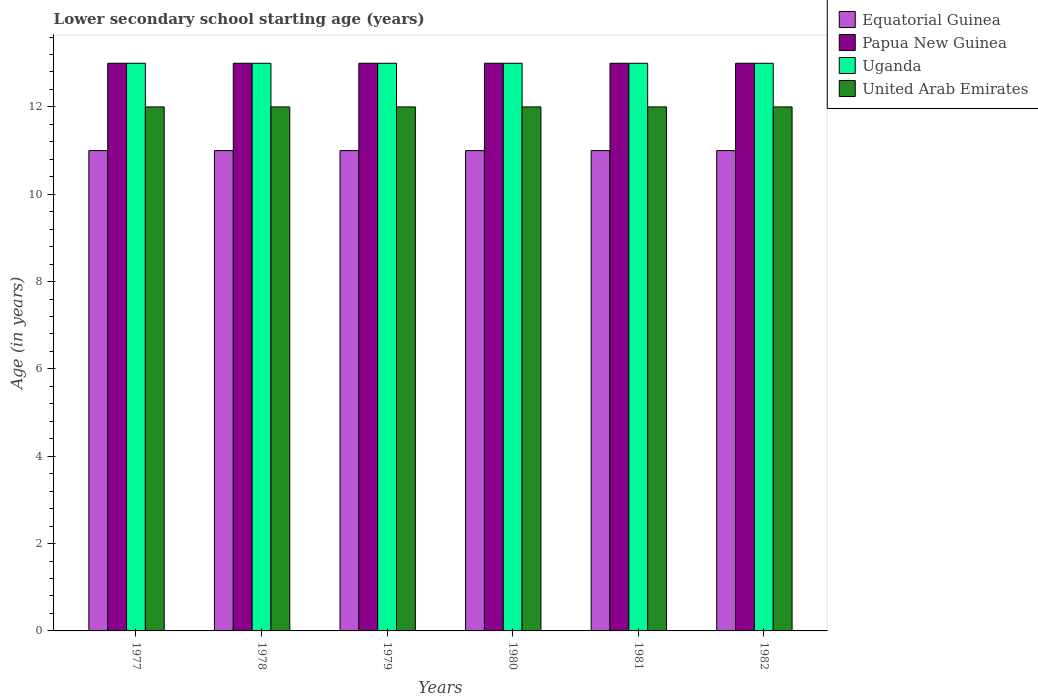
| Years | Equatorial Guinea | Papua New Guinea | Uganda | United Arab Emirates |
 | --- | --- | --- | --- | --- |
 | 1977 | 11 | 13 | 13 | 12 |
 | 1978 | 11 | 13 | 13 | 12 |
 | 1979 | 11 | 13 | 13 | 12 |
 | 1980 | 11 | 13 | 13 | 12 |
 | 1981 | 11 | 13 | 13 | 12 |
 | 1982 | 11 | 13 | 13 | 12 |